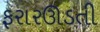
ફરારઊડતી